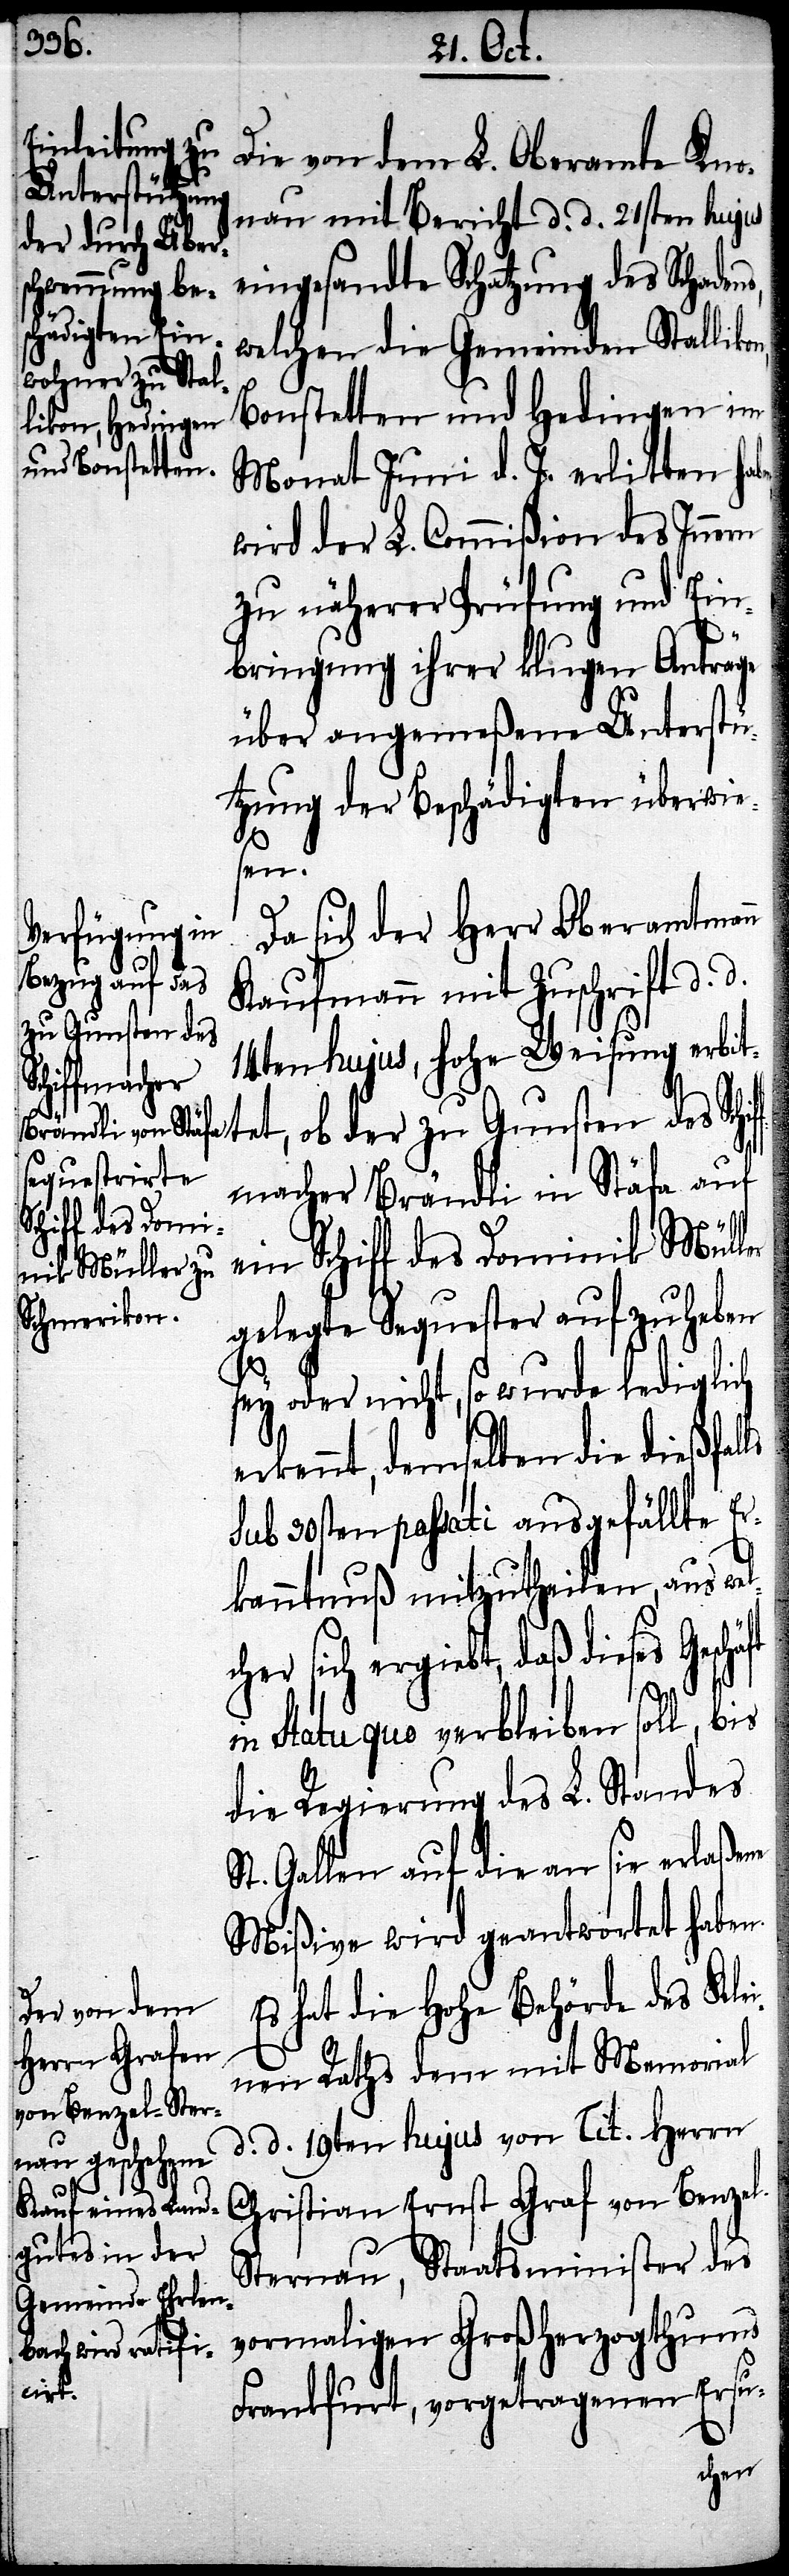
Die von dem L. Oberamte Kno¬
nau mit Bericht d. d. 21sten hujus
eingesandte Schatzung des Schadens,
welchen die Gemeinden Stalliko¬
Bonstetten und Hedingen im
Monat Juni d. J. erlitten hab¬
wird der L. Commißion des Innern
zu näherer Prüfung und Ein¬
bringung ihrer klugen Anträge
über angemeßene Unterstü¬
tzung der Beschädigten überwie¬
sen.
Da sich der Herr Oberamtmann
Kaufmann mit Zuschrift d. d.
zu Gunsten des
14ten hujus, Hohe Weisung erbit¬
S¬
fmacher Brändli in Stäfa auf
ein Schiff des Dominik Müller
gelegte Sequester aufzuheben
sey oder nicht, so wurde lediglich
erkennt, demselben die dießfalls
sub 30sten passati ausgefällte Er¬
kanntnuß mitzutheilen, aus we¬
her sich ergiebt, daß dieses Gesch¬
in Statu quo verbleiben soll, bis
die Regierung des L. Standes
t. Gallen auf die an sie erlaßene
Mißive wird geantwortet haben.
Es hat die Hohe Behörde des Klei¬
nen Raths dem mit Memorial
d. d. 19ten hujus von Tit. Herrn
Christian Ernst Graf von Benzel-S¬
ternau, Staatsminister des
vormaligen Großherzogthums
tet,
Frankfurt, vorgetragenen Ersu-
Schif¬